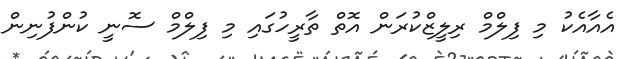
އެއާއެކު މި ފިލްމް ރިލީޒްކުރަން އޮތް ތާރީހުގައި މި ފިލްމް ސޮނީ ކުންފުނިން